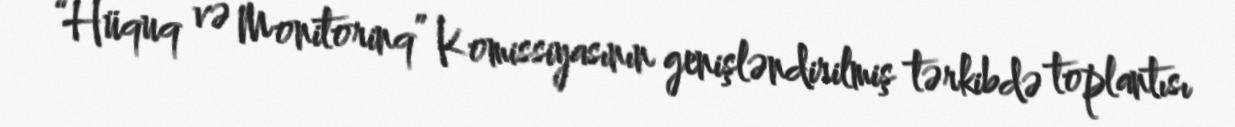
“Hüquq və Monitorinq” Komissiyasının genişləndirilmiş tərkibdə toplantısı